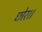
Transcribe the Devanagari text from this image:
छोर।।